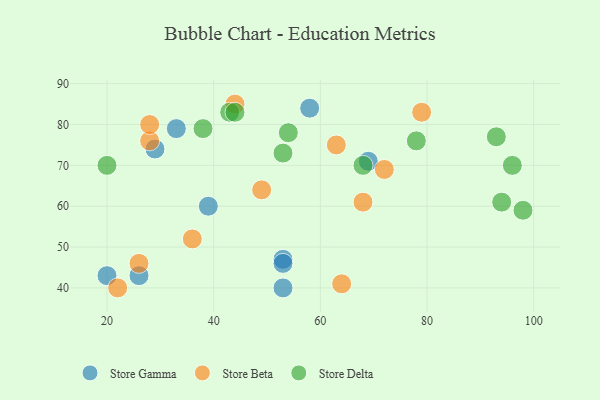
{"axis": {"x": "GDP", "y": "Life Expectancy"}, "legend": ["Store Beta", "Store Delta", "Store Gamma"], "data": [{"x": "26", "y": 43, "type": "Store Gamma"}, {"x": "39", "y": 60, "type": "Store Gamma"}, {"x": "29", "y": 74, "type": "Store Gamma"}, {"x": "33", "y": 79, "type": "Store Gamma"}, {"x": "58", "y": 84, "type": "Store Gamma"}, {"x": "53", "y": 47, "type": "Store Gamma"}, {"x": "69", "y": 71, "type": "Store Gamma"}, {"x": "20", "y": 43, "type": "Store Gamma"}, {"x": "53", "y": 40, "type": "Store Gamma"}, {"x": "53", "y": 46, "type": "Store Gamma"}, {"x": "22", "y": 40, "type": "Store Beta"}, {"x": "49", "y": 64, "type": "Store Beta"}, {"x": "64", "y": 41, "type": "Store Beta"}, {"x": "68", "y": 61, "type": "Store Beta"}, {"x": "26", "y": 46, "type": "Store Beta"}, {"x": "28", "y": 76, "type": "Store Beta"}, {"x": "44", "y": 85, "type": "Store Beta"}, {"x": "72", "y": 69, "type": "Store Beta"}, {"x": "79", "y": 83, "type": "Store Beta"}, {"x": "63", "y": 75, "type": "Store Beta"}, {"x": "28", "y": 80, "type": "Store Beta"}, {"x": "36", "y": 52, "type": "Store Beta"}, {"x": "20", "y": 70, "type": "Store Delta"}, {"x": "98", "y": 59, "type": "Store Delta"}, {"x": "43", "y": 83, "type": "Store Delta"}, {"x": "53", "y": 73, "type": "Store Delta"}, {"x": "54", "y": 78, "type": "Store Delta"}, {"x": "93", "y": 77, "type": "Store Delta"}, {"x": "68", "y": 70, "type": "Store Delta"}, {"x": "44", "y": 83, "type": "Store Delta"}, {"x": "38", "y": 79, "type": "Store Delta"}, {"x": "94", "y": 61, "type": "Store Delta"}, {"x": "96", "y": 70, "type": "Store Delta"}, {"x": "78", "y": 76, "type": "Store Delta"}]}